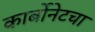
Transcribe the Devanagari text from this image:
कार्बोनेटचा